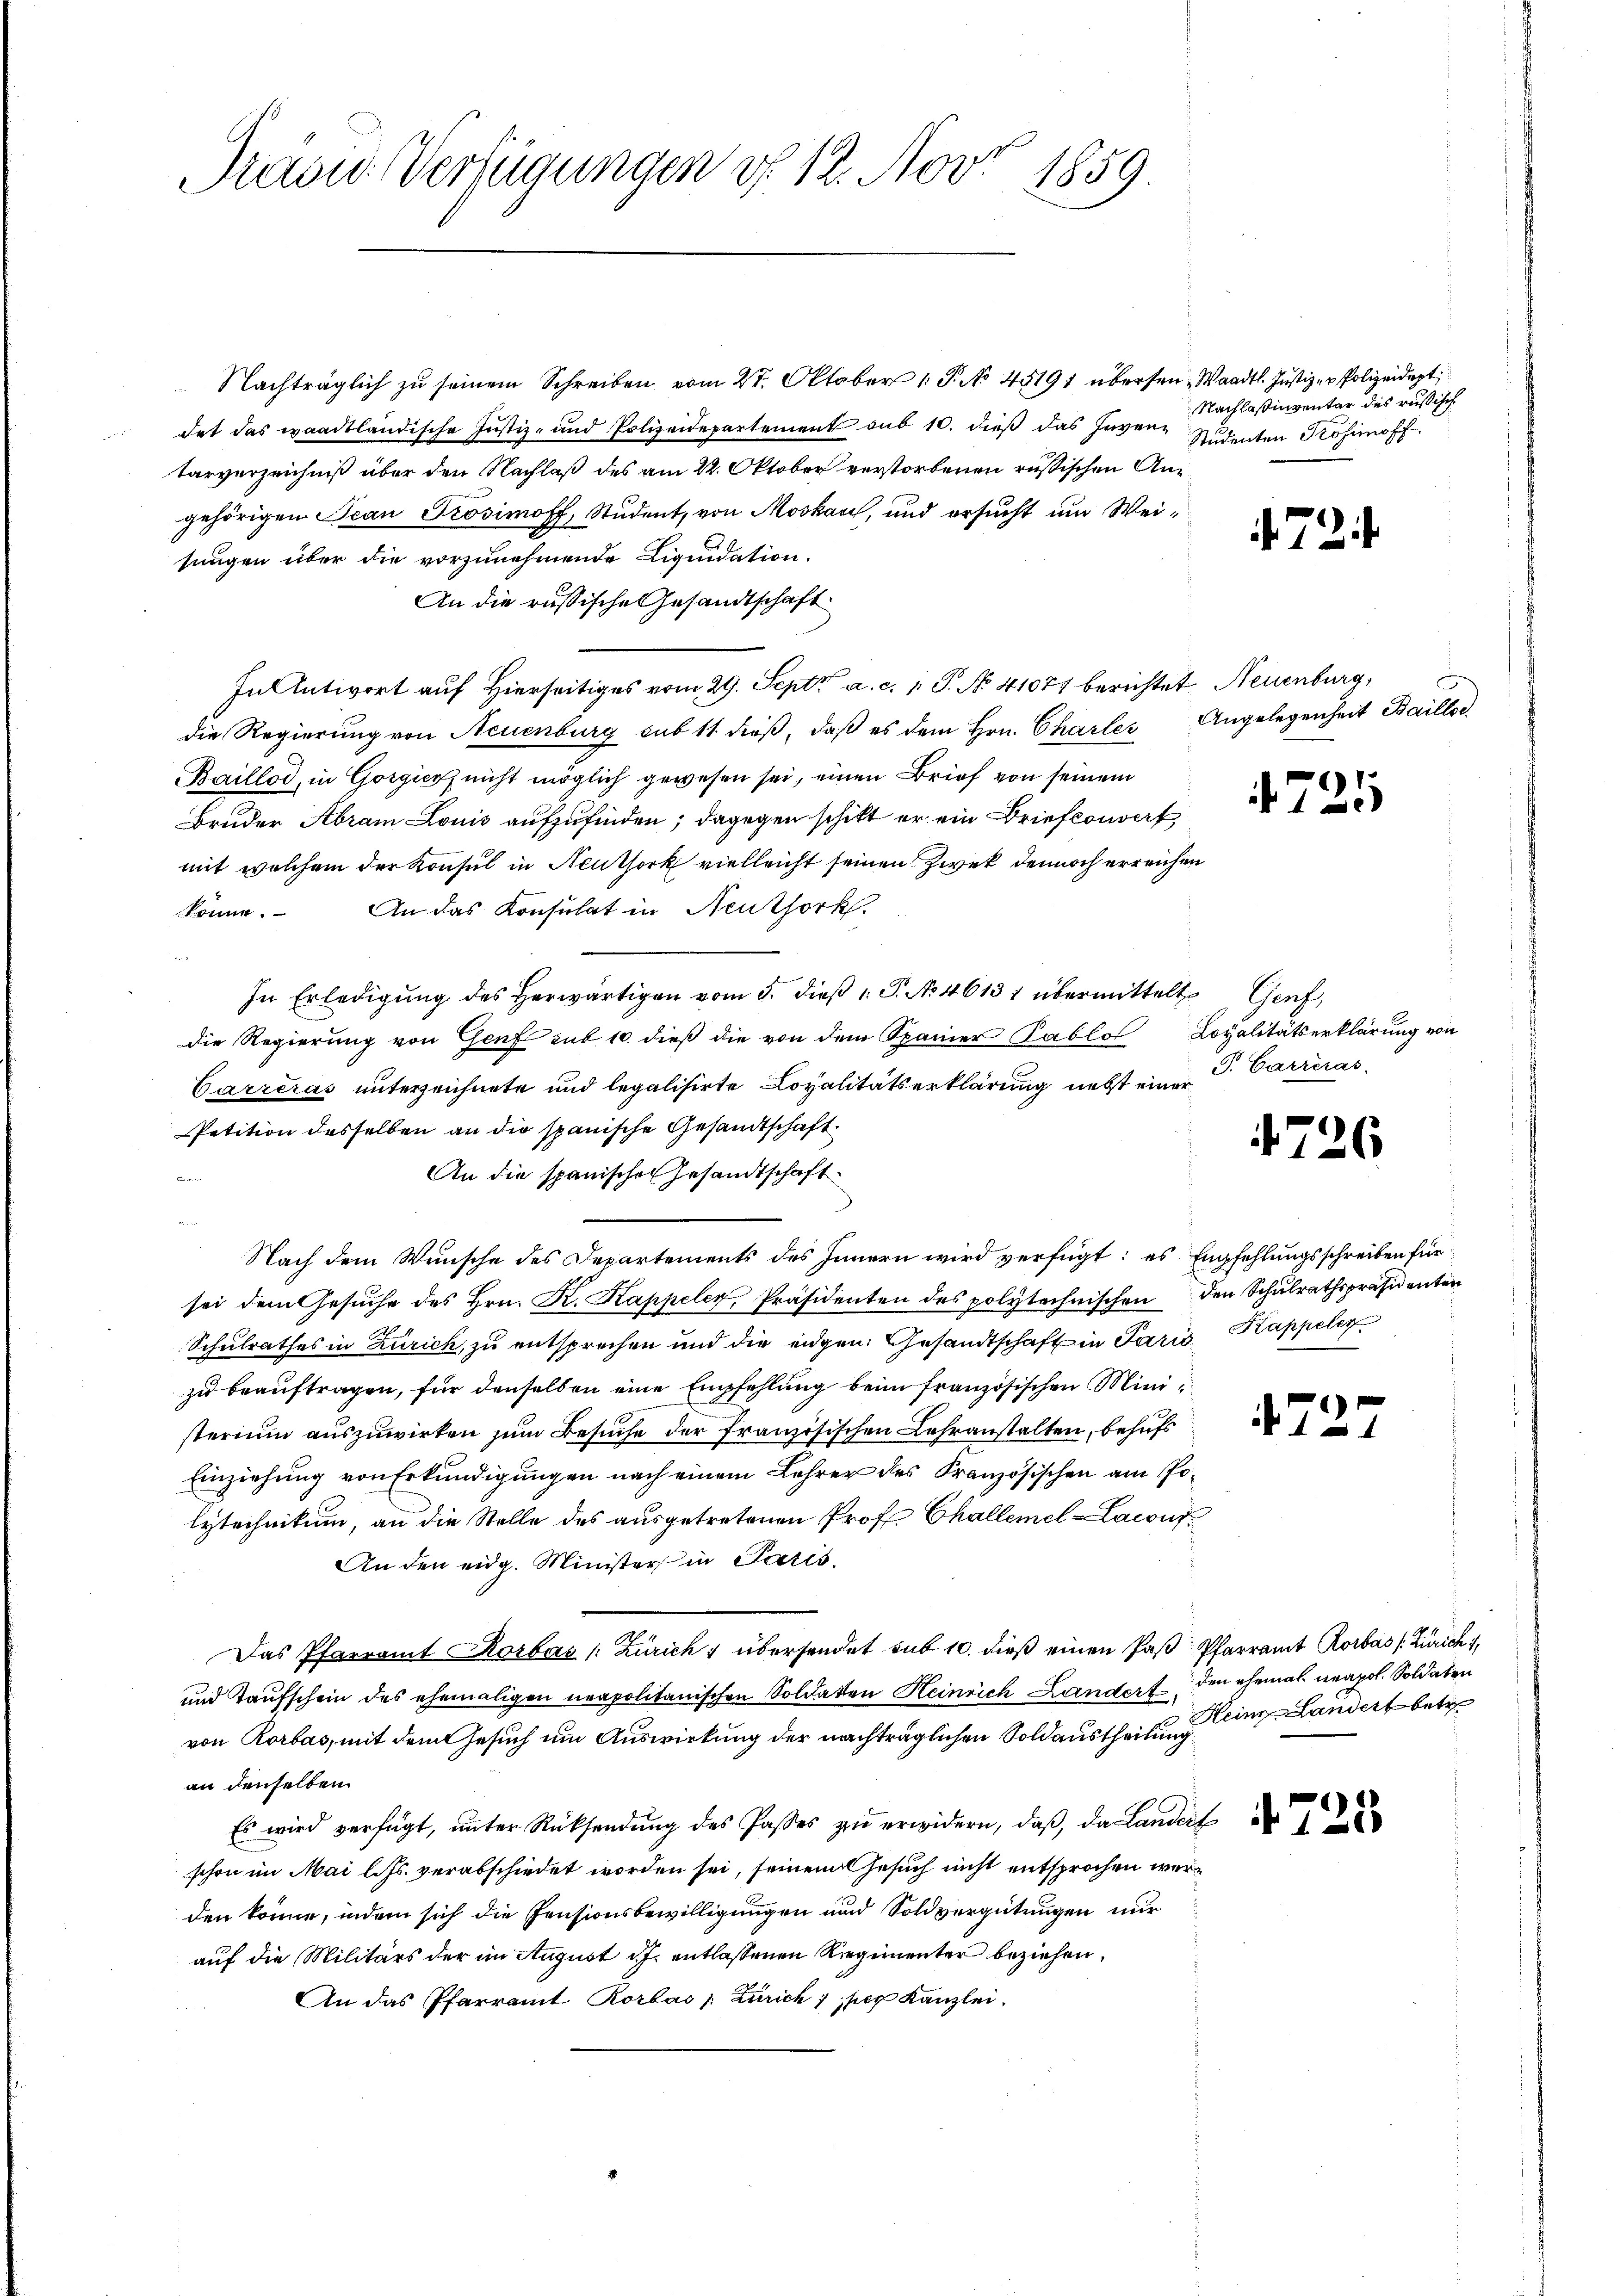
Traon Verfügungen v. 12. Nov. 1859.

Nachträglich zŭ seinem Schreiben vom 27. Oktober 1. P. No 45191 übersen Waadt. Justiz - Polizeidept,
det das waadtländische Justiz- und Polizeidepartement sub 10. dieß das Invene Studenten Kosmoff
tarverzeichniß über den Nachlaß des am 22. Oktober verstorbenen russischen Angehörigen Jean Prosimoff, Student, von Moskau, und ersucht um Weisungen über die vorzunehmende Liquidation.
An die russische Gesandtschaft
In Antwort auf Hierseitiges vom 29. Sept. a. c. 1 P. No. 41077 berichtet Neuenburg,
die Regierung von Neuenburg sub 11 dieß, daß es dem Hrn. Charles
Baillod, in Gorgier nicht möglich gewesen sei, einen Brief von seinem
Bruder Abram Louis aufzufinden; dagegen schikt er ein Briefondert
mit welchem der Konsul in Neuthork vielleicht seinen Zwek dennoch erreichen
An das Konsulat in Neuthork
könne.
In Erledigung des herwärtigen vom 5. dieß 1 S. No. 46131 übermittelte Genf,
die Regierung von Genf sub 10. dieß die von dem Spainer Pablo Loyalitätserklärung von
Carreras unterzeichnete und legalisirte Lovalitätserklärung nebst einer
Petition desselben an die spanische Gesandtschaft.
An die spanischen Gesandtschaft
Friwer
Nach dem Wunsche des Departements des Innern wird verfügt: es Empfehlungsschreiben für
sei dem Gesŭche des Hrn. K. Kappeler, Präsidenten des polytechnischen den Schulrathspräsidenten
Schulrathes in Zürich, zu entsprechen und die eidgen. Gesandtschaft in Paris Kappeler
zu beauftragen, für denselben eine Empfehlung beim französischen Ministerium auszuwirken zum Besuche der französischen Lehranstalten, behufs
Einziehung von Erkundigungen nach einem Lehrer des Kranzösischen am Polytechnikum, an die Stelle des ausgetretenen Prof. Challemel-Laconf
An den eidg. Minister in Paris
Das Pfarramt Korbas /: Zürich & übersendet sub. 10. dieß einen Paß Pfarramt Rorbas (Zürich i
und Taufschein des ehemaligen neapolitanischen Soldaten Heinrich Landorf den ehemal neapol. Soldaten
von Rorbas, mit dem Gesuch um Auswirkung der nachträglichen Soldaustheilung
an denselben
Es wird verfügt, unter Rücksendung des Passes zu erwidern, daß, da Lander
schon im Mai l. Js. verabschiedet worden sei, seinem Gesuch nicht entsprochen worden könne, indem sich die Pensionsbewilligungen und Soldvergütungen nur
auf die Militärs der im August dh. entlassenen Regimenter beziehen,
An das Pfarramt Rorbas /: Zürich; per Kanzlei.

Nachlasinventar des russische

72

Angelegenheit Baillos.

721

§ Carréras.

1726

n
472.

Heinz Landert betre

4723